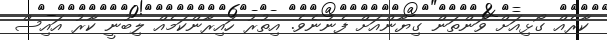
ކާރެއް ގޯޅިއަށް ވަންތަން ގިޔާންއަށް ފެނުނެވެ. އިތުރު ހައިރާންކަމެއް ލިބުނީ ކާރު އައިސް